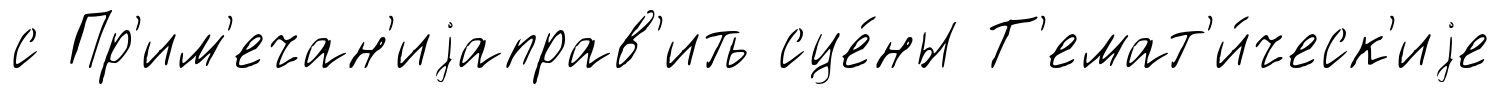
с Пр'им'ечан'иjаправ'ить сце́ны Т'емат'и́ческ'иjе